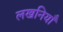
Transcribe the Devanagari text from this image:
लखनियाँ